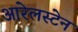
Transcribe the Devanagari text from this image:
आरेलस्टेन